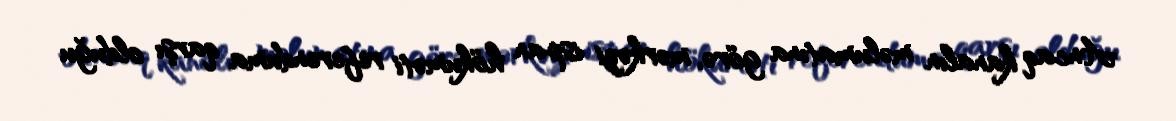
Ancaq kanalın məlumatına görə, mərkəzi ispan hökuməti referenduma qarşı olduğu